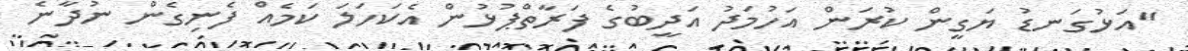
"އަޅުގަނޑު ޔަގީން ކުރަން އަހުމަދު އަދީބުގެ ފަރާތްޕުޅުން އެކަހަލަ ކަމެއް ފެނިގެން ނުދާނެ